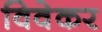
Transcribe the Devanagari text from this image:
विवेकर